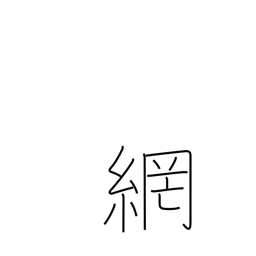
Meaning: network